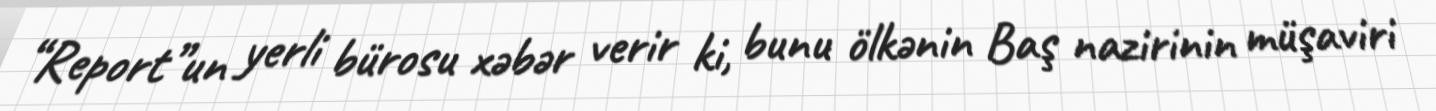
“Report”un yerli bürosu xəbər verir ki, bunu ölkənin Baş nazirinin müşaviri